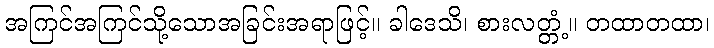
အကြင်အကြင်သို့သောအခြင်းအရာဖြင့်။ ခါဒေသိ၊ စားလတ္တံ့။ တထာတထာ၊